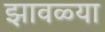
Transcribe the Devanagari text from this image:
झावळ्या